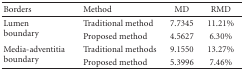
| Borders | Method | MD | RMD |
 | --- | --- | --- | --- |
 | <ROWSPAN=2> Lumenboundary | Traditional method | 7.7345 | 11.21% |
 | Proposed method | 4.5627 | 6.30% |
 | <ROWSPAN=2> Media-adventitia boundary | Traditional methods | 9.1550 | 13.27% |
 | Proposed method | 5.3996 | 7.46% |